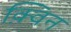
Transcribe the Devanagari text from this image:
क़्विन